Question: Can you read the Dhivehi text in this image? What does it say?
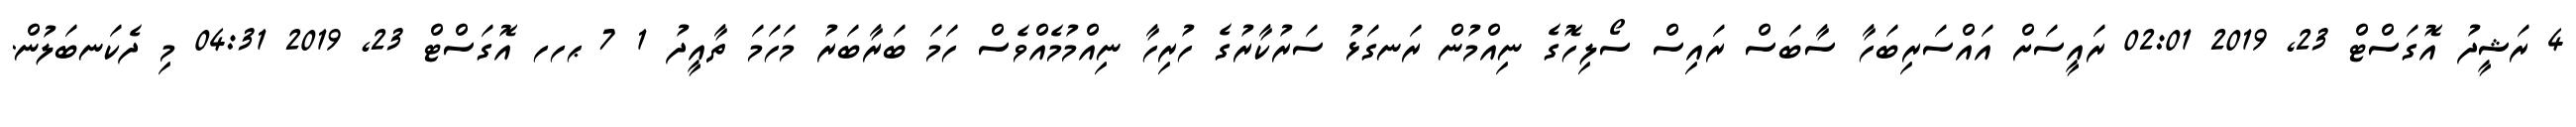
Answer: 4 ރަޝީދު އޮގަސްޓް 23, 2019 02:01 ރައީސަށް އައްސަރިބަހާ ސާބަސް ރައިސް ސޯލިހޮގެ ނިއްމުން ރަނގަޅު ސަރުކާރުގެ ހުރިހާ ނިއްމުމެއްވެސް ހަމަ ބަރާބަރު މަހަމަ ތާއީދު 1 7 ޙހހ އޮގަސްޓް 23, 2019 04:31 މި ދެކަނބަލުން.